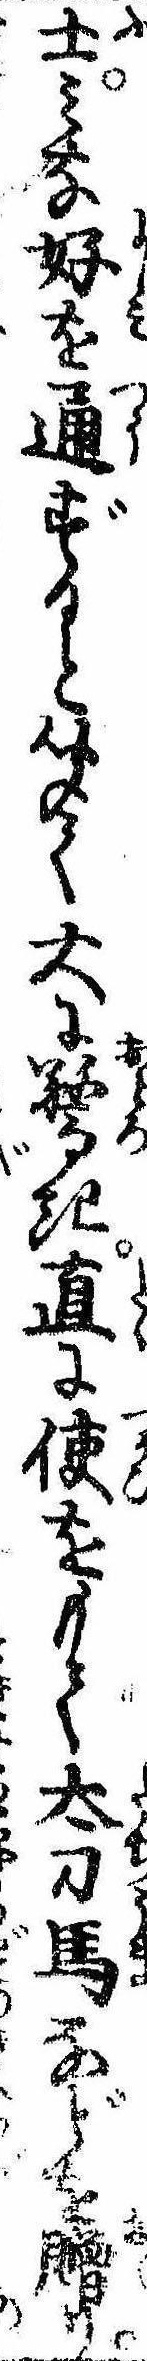
士みな好を通ずると聞て大に驚き直に使をもて太刀馬などを贈り